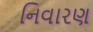
નિવારણ